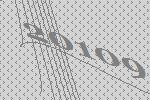
20109